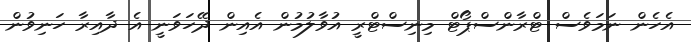
އެހެން ނަމަވެސް ޓްރާންސްޕޯޓް މިނިސްޓްރީ އުވާލުމުން އެއިން ދޭހަވަނީ އެ ދާއިރާ ހަނިވުން